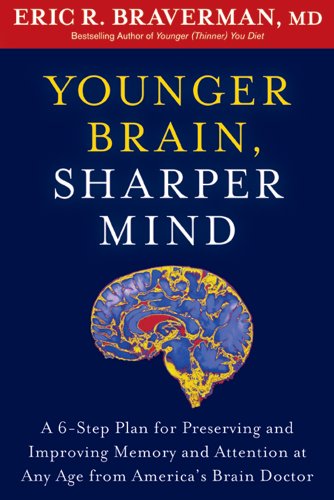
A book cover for Younger Brain, Sharper Mind: A 6-Step Plan for Preserving and Improving Memory and Attention at Any Age from America's Brain Doctor; Eric R. Braverman; Self-Help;